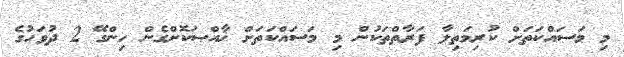
މި މަސައްކަތަށް ކުރިމަތިލާ ފަރާތްތަކުން މި މަސައްކަތަށް ޚާއްޞަކޮށްގެން ހިންގޭ 2 ދުވަހުގެ